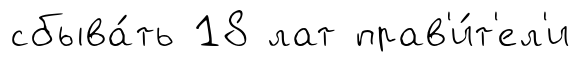
сбыва́ть 18 лат прав'и́т'ел'и